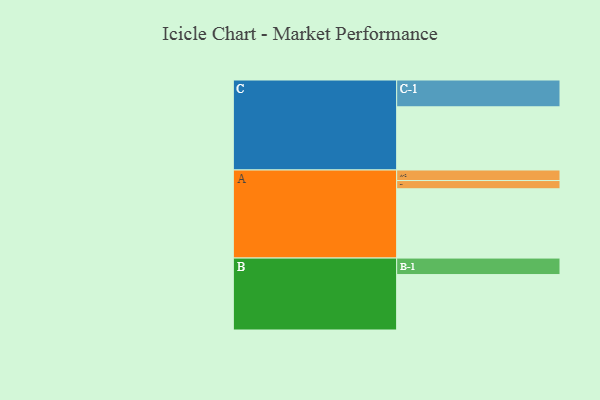
{"axis": {"x": "Segment", "y": "Value"}, "legend": ["", "A", "B", "C"], "data": [{"x": "A", "y": 545, "type": ""}, {"x": "B", "y": 436, "type": ""}, {"x": "C", "y": 497, "type": ""}, {"x": "A-1", "y": 65, "type": "A"}, {"x": "A-2", "y": 83, "type": "A"}, {"x": "B-1", "y": 130, "type": "B"}, {"x": "C-1", "y": 211, "type": "C"}]}